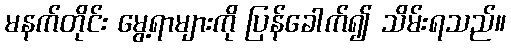
မနက်တိုင်း မွေ့ရာများကို ပြန်ခေါက်၍ သိမ်းရသည်။